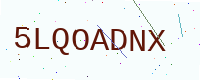
Text: 5LQOADNX